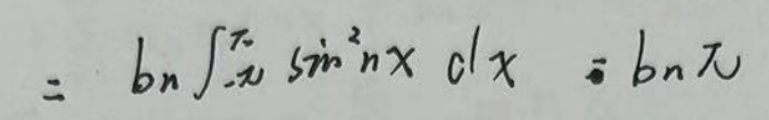
\[
= b_n\int_{-\pi}^{\pi}\sin^2 nx\mathrm{d}x = b_n\pi
\]